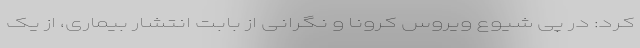
کرد: در پی شیوع ویروس کرونا و نگرانی از بابت انتشار بیماری، از یک